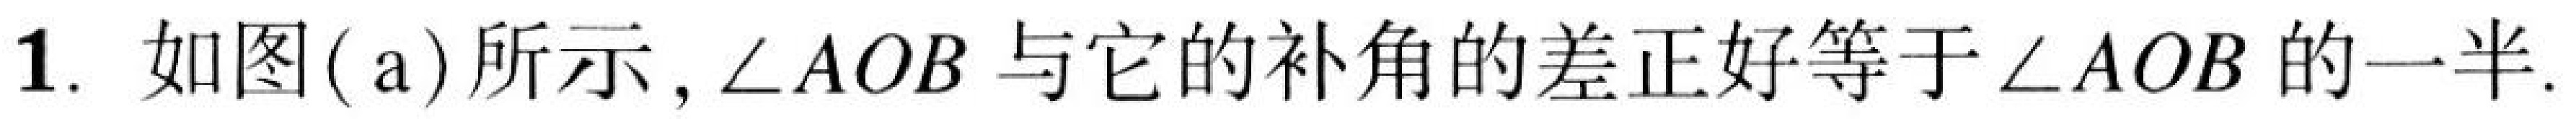
1. 如图(a)所示,\(\angle AOB\) 与它的补角的差正好等于 \(\angle AOB\) 的一半.